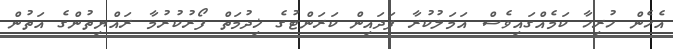
އެހެން ހުރިހާ ކަމެއްގައިވެސް އަމަލުކުރާ ފަދައިން ކަރަންޓުގެ ޚިދުމަތް ފޯރުކުރުމާ ރައްޔިތުންގެ އަތުން